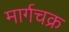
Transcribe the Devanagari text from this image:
मार्गचक्र